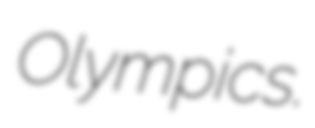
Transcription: Olympics.